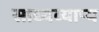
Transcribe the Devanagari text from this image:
साध्यव्याप्य